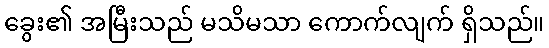
ခွေး၏ အမြီးသည် မသိမသာ ကောက်လျက် ရှိသည်။